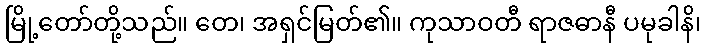
မြို့တော်တို့သည်။ တေ၊ အရှင်မြတ်၏။ ကုသာဝတီ ရာဇဓာနီ ပမုခါနိ၊